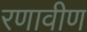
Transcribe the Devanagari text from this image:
रणावीण